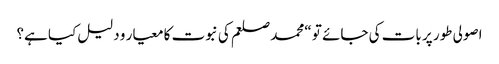
اصولی طور پر بات کی جائے تو “محمد صلعم کی نبوت کا معیار و دلیل کیا ہے؟